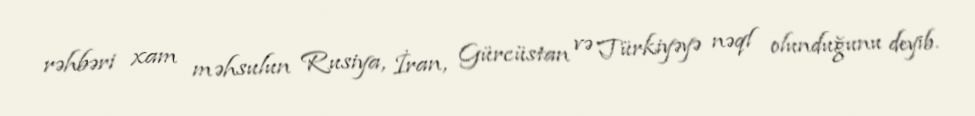
rəhbəri xam məhsulun Rusiya, İran, Gürcüstan və Türkiyəyə nəql olunduğunu deyib.